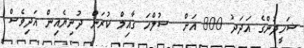
ޝަހީދުންގެ އަދަދު 800 އަށް  ސުލްހަ ގާއިމް ކުރަން ދުނިޔެއިން އަދިވެސް